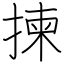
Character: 揀